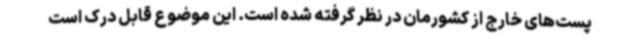
پست‌های خارج از کشورمان در نظر گرفته شده است. این موضوع قابل درک است